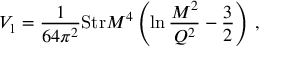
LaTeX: V _ { 1 } = { \frac { 1 } { 6 4 \pi ^ { 2 } } } \mathrm { S t r } { \cal M } ^ { 4 } \left( \ln { \frac { { \cal M } ^ { 2 } } { Q ^ { 2 } } } - { \frac { 3 } { 2 } } \right) \, ,